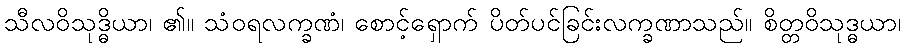
သီလဝိသုဒ္ဓိယာ၊ ၏။ သံဝရလက္ခဏံ၊ စောင့်ရှောက် ပိတ်ပင်ခြင်းလက္ခဏာသည်။ စိတ္တဝိသုဒ္ဓယာ၊